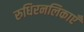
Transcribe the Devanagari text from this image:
रुधिरनलिकाएँ